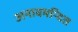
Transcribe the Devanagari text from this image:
अनावमन्दित